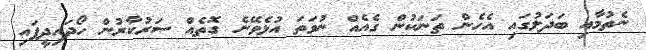
ނެތުމާއި ބަދަލުގައި އެހެން ތަނަކުން ގެއެއް ނުވަތަ އުޅެވޭނެ ގޮތެއް ސަރުކާރުން ހޯދައިދީފައި